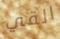
القي